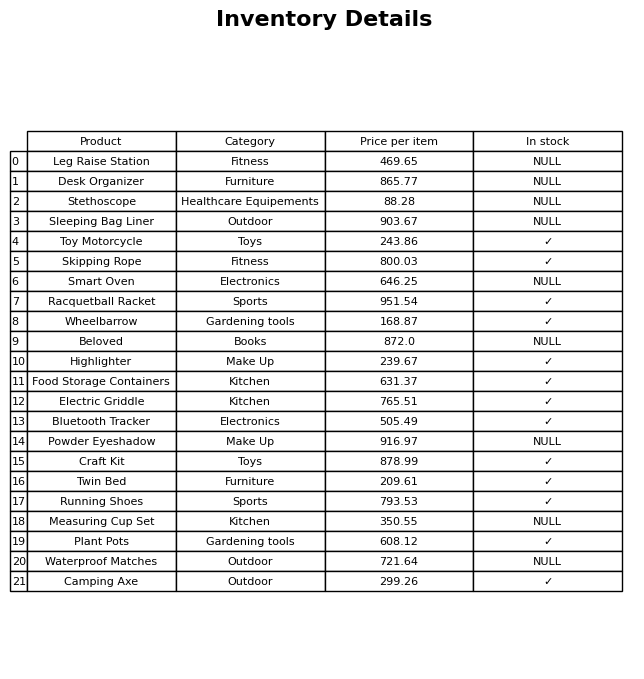
question: What category does the Racquetball Racket belong to?
answer: Sports